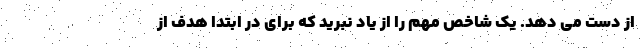
از دست می دهد. یک شاخص مهم را از یاد نبرید که برای در ابتدا هدف از